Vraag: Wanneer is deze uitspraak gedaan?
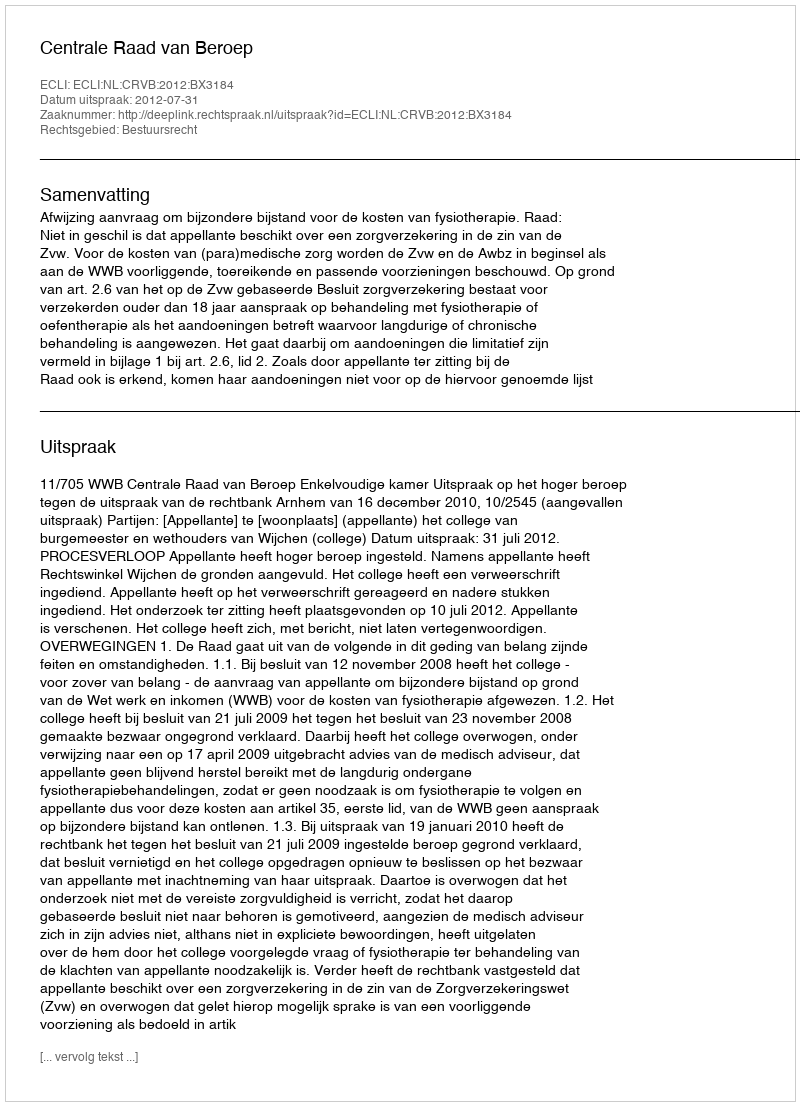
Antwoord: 2012-07-31